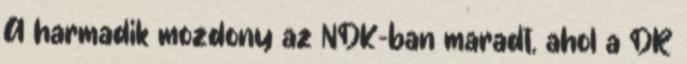
A harmadik mozdony az NDK-ban maradt, ahol a DR